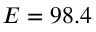
E = 9 8 . 4 \